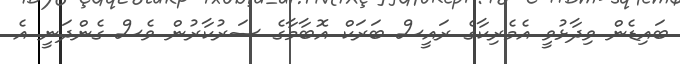
ބައިޑެން ވިދާޅުވީ އެމެރިކާގެ ރައީސް ބަރަކް އޮބާމާގެ ސަރުކާރުން ވެސް ގެންދަނީ އެ